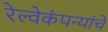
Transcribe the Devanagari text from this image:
रेल्वेकंपन्यांचे